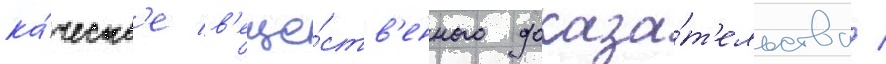
ка́честв'е в'еще́ств'енного доказа́т'ельства /